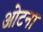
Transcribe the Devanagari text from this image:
ओटना